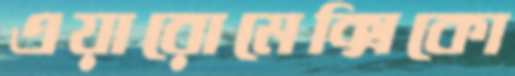
এয়ারোমেক্সিকো